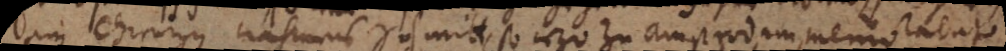
ein Chirurgus nahmens Schmitt, so iezo zu Amsterdam, memorabat.